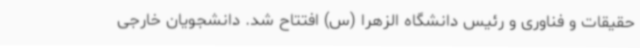
حقیقات و فناوری و رئیس دانشگاه الزهرا (س) افتتاح شد. دانشجویان خارجی